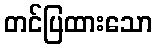
တင်ပြထားသော